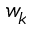
w _ { k }